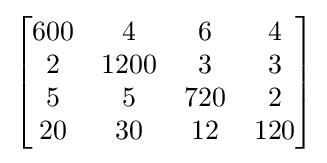
{\begin{bmatrix}{\begin{matrix}600&4&6&4\\2&1200&3&3\\5&5&720&2\\20&30&12&120\end{matrix}}\end{bmatrix}}